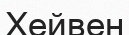
Хейвен